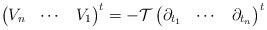
LaTeX: \begin{align*} \begin{pmatrix} V_n & \cdots & V_1 \end{pmatrix}^t=-\mathcal{T}\begin{pmatrix} \partial_{t_1} & \cdots & \partial_{t_n} \end{pmatrix}^t \end{align*}